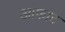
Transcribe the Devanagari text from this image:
आफाट